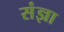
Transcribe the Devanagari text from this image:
संंज्ञा